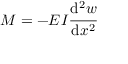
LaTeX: M = - E I { \cfrac { \mathrm { d } ^ { 2 } w } { \mathrm { d } x ^ { 2 } } }